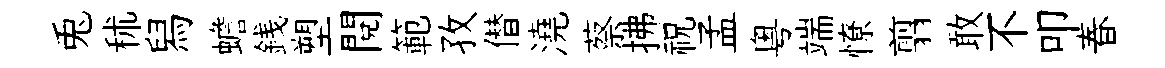
兎秫舄蟾銭塑閱範孜僣澆蔡拂祝孟粤端憭翦敢不叩春